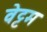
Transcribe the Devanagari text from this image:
वेट्टम